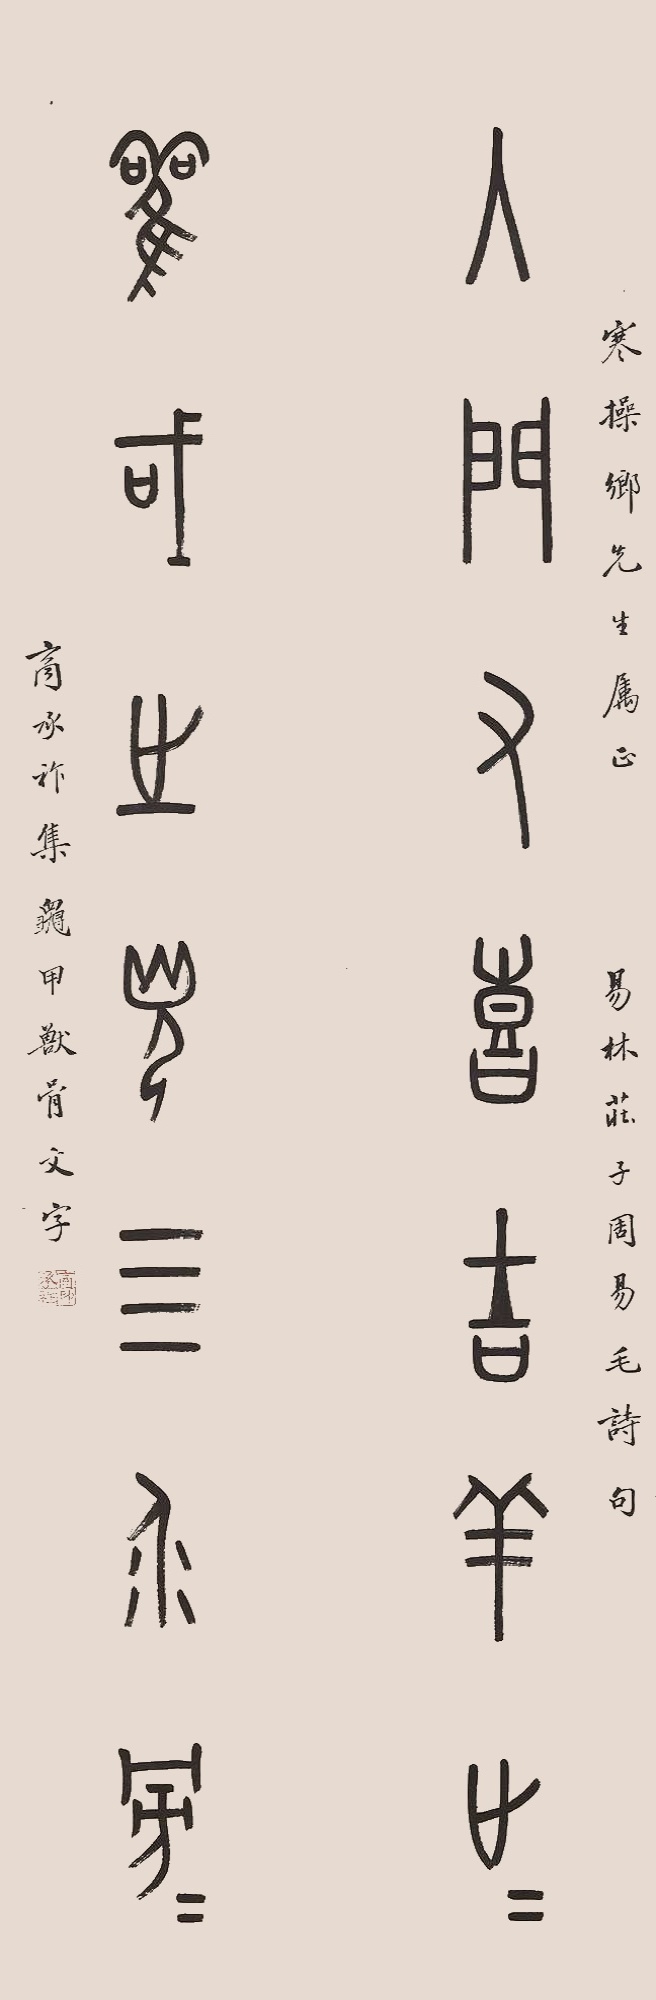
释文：入门又喜吉羊止止，观国之光四介旁旁寒操乡先生属正。易林庄子周易毛诗句。商承祚集龟甲兽骨文字。